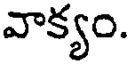
వాక్యం.